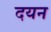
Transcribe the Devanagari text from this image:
दयन